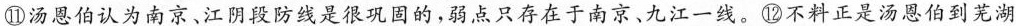
①汤恩伯认为南京、江阴段防线是很巩固的，弱点只存在于南京、九江一线。⑩不料正是汤恩伯到芜湖